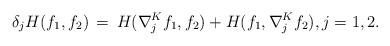
LaTeX: \begin{align*} \delta_j H(f_1,f_2)\, = \, H(\nabla_j^K f_1,f_2)+ H(f_1,\nabla_j^K f_2) , j=1,2. \end{align*}